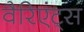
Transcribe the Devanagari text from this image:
वैरिएंट्स